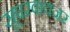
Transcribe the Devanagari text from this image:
सूपरवायजर